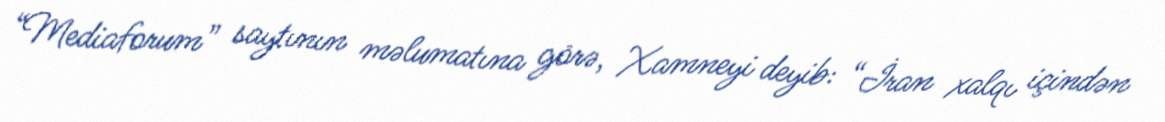
“Mediaforum” saytının məlumatına görə, Xamneyi deyib: “İran xalqı içindən